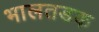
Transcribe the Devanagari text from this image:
भालतडक